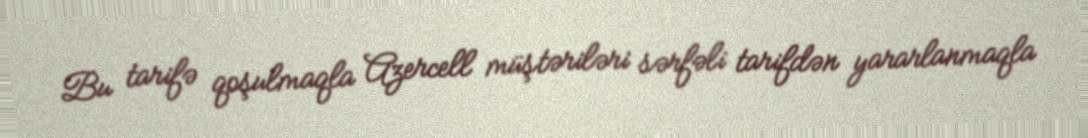
Bu tarifə qoşulmaqla Azercell müştəriləri sərfəli tarifdən yararlanmaqla